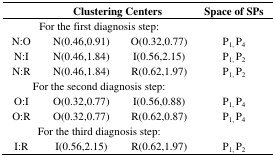
| <COLSPAN=3> Clustering Centers | Space of SPs |
 | --- | --- | --- | --- |
 | <COLSPAN=4> For the first diagnosis step: |
 | N:O | N(0.46,0.91) | O(0.32,0.77) | P1, P4 |
 | N:I | N(0.46,1.84) | I(0.56,2.15) | P1, P2 |
 | N:R | N(0.46,1.84) | R(0.62,1.97) | P1, P2 |
 | <COLSPAN=4> For the second diagnosis step: |
 | O:I | O(0.32,0.77) | I(0.56,0.88) | P1, P4 |
 | O:R | O(0.32,0.77) | R(0.62,0.87) | P1, P4 |
 | <COLSPAN=4> For the third diagnosis step: |
 | I:R | I(0.56,2.15) | R(0.62,1.97) | P1, P2 |